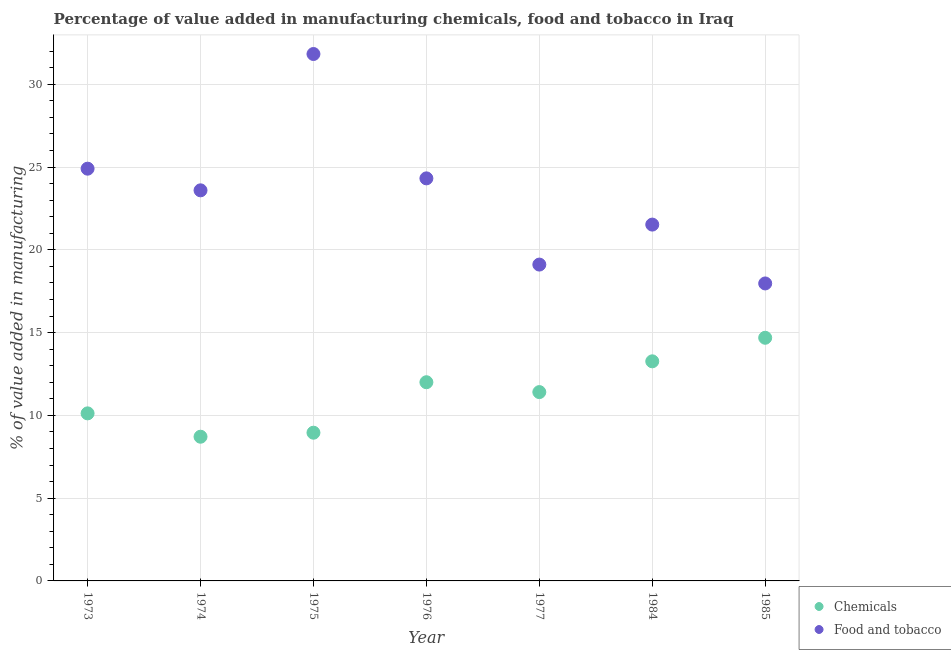
| Year | Chemicals | Food and tobacco |
 | --- | --- | --- |
 | 1973 | 10.1 | 24.9 |
 | 1974 | 8.71 | 23.6 |
 | 1975 | 8.95 | 31.8 |
 | 1976 | 12 | 24.3 |
 | 1977 | 11.4 | 19.1 |
 | 1984 | 13.3 | 21.5 |
 | 1985 | 14.7 | 18 |